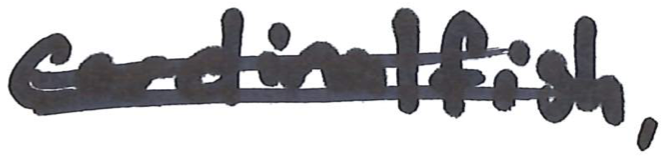
Text: cardinalfish,
Cross-out: double-line
Writing tool: marker